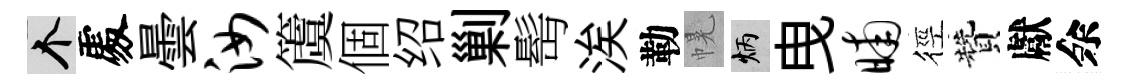
个𠁅曇汝𥵂個绍剿髩涘勒幌炳曳晡徑贊獻余